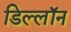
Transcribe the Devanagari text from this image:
डिल्लॉन